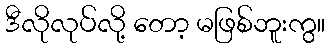
ဒီလိုလုပ်လို့ တော့ မဖြစ်ဘူးကွ။